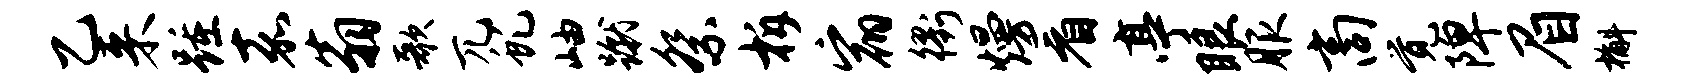
乙来踵嘉翁歌兀虬岫蹴祭柝宿衢熳看亭眼服商觉陴眉槲